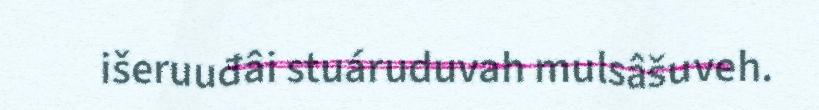
išeruuđâi stuáruduvah mulsâšuveh.